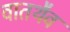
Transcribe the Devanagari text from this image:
वातथैव